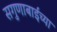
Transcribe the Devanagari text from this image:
सगुणाबाईंच्या